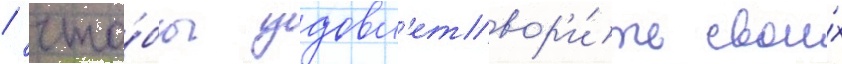
/ что́бы удовл'етвор'и́ть свои́х